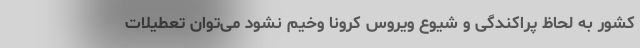
کشور به لحاظ پراکندگی و شیوع ویروس کرونا وخیم نشود می‌توان تعطیلات